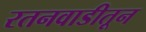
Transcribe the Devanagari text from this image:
रतनवाडीतून